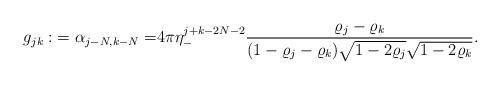
LaTeX: \begin{align*} g_{jk}:&={ \alpha_{j-N, k-N} =}4\pi \eta_{-}^{j+k-2N-2} \frac{ \varrho_{j} - \varrho_{k}}{(1 - \varrho_{j} - \varrho_{k}) \sqrt{1 - 2\varrho_{j}} \sqrt{1 - 2\varrho_{k}}}. \end{align*}